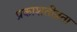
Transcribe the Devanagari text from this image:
प्रकाशतीव्रता